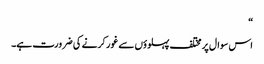
“
اس سوال پر مختلف پہلوؤں سے غور کرنے کی ضرورت ہے۔